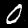
Digit: 0